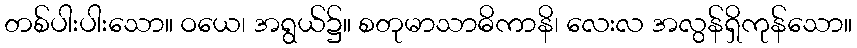
တစ်ပါးပါးသော။ ဝယေ၊ အရွယ်၌။ စတုမာသာဓိကာနိ၊ လေးလ အလွန်ရှိကုန်သော။